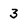
Character: 3